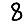
Digit: 8